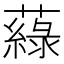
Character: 𦾯